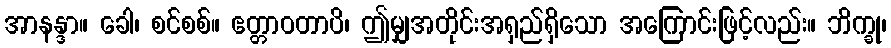
အာနန္ဒာ။ ခေါ၊ စင်စစ်။ ဧတ္တာဝတာပိ၊ ဤမျှအတိုင်းအရှည်ရှိသော အကြောင်းဖြင့်လည်း။ ဘိက္ခု၊